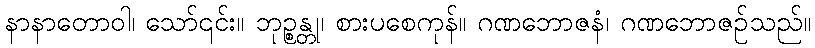
နာနာတောဝါ၊ သော်၎င်း။ ဘုဉ္စန္တု၊ စားပစေကုန်။ ဂဏဘောဇနံ၊ ဂဏဘောဇဉ်သည်။